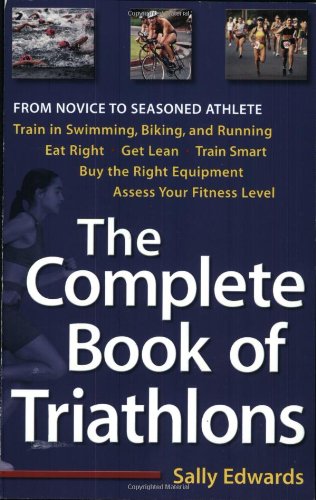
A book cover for The Complete Book of Triathlons; Sally Edwards; Health, Fitness & Dieting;